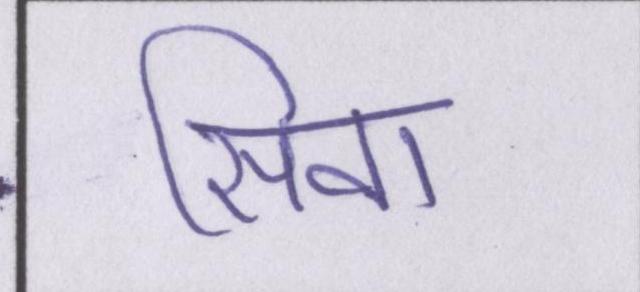
सिवा